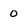
Character: 0